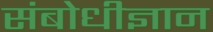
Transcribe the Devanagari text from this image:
संबोधीज्ञान